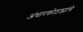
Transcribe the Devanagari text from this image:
अंधारकोठड्यांचे